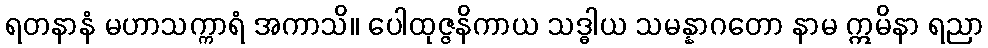
ရတနာနံ မဟာသက္ကာရံ အကာသိ။ ပေါထုဇ္ဇနိကာယ သဒ္ဓါယ သမန္နာဂတော နာမ ဣမိနာ ရညာ